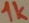
Text: 1k